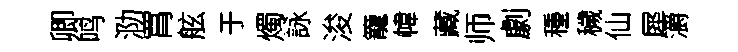
卿鸣泐罥舷于燭詠浚籠幃藏师劇種穢仙犀灂